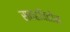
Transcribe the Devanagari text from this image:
सतहविहीन